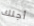
أجلك